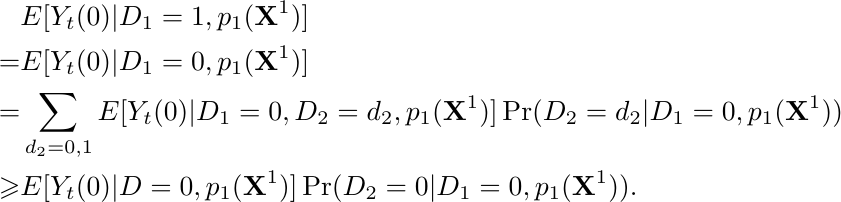
\begin{align*}
 & E[Y_t(0)|D_{1}=1,p_{1}(\mathbf{X}^{1})]\\
= & E[Y_t(0)|D_{1}=0,p_{1}(\mathbf{X}^{1})]\\
= & \sum_{d_{2}=0,1}E[Y_{t}(0)|D_{1}=0,D_{2}=d_{2},p_{1}(\mathbf{X}^{1})]\Pr(D_{2}=d_{2}|D_{1}=0,p_{1}(\mathbf{X}^{1}))\\
\geqslant & E[Y_t(0)|D=0,p_{1}(\mathbf{X}^{1})]\Pr(D_{2}=0|D_{1}=0,p_{1}(\mathbf{X}^{1})).
\end{align*}